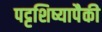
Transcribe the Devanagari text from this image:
पट्टशिष्यापैकी